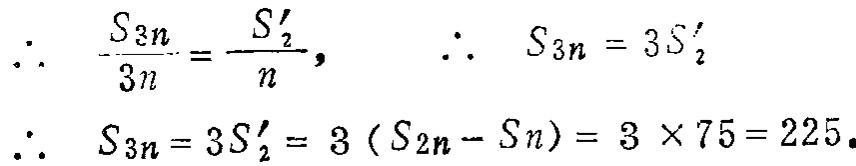
\(\therefore \frac{S_{3n}}{3n}=\frac{S_{2}'}{n},\ \ \ \therefore S_{3n}=3S_{2}'\)

\(\therefore S_{3n}=3S_{2}' = 3(S_{2n}-S_{n})=3\times75 = 225.\)